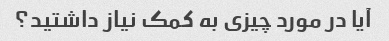
آیا در مورد چیزی به کمک نیاز داشتید؟